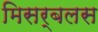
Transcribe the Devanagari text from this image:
मिसर्बलस